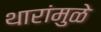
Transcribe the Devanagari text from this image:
थारांमुळे